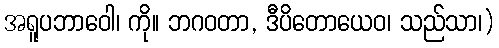
အရူပဘာဝေါ၊ ကို။ ဘဂဝတာ, ဒီပိတောယေဝ၊ သည်သာ၊)